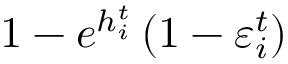
1 - e ^ { h _ { i } ^ { t } } \left( 1 - \varepsilon _ { i } ^ { t } \right)